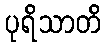
ပုရိသာတိ